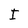
Character: I